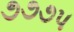
૭૭૭૫